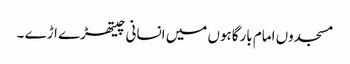
مسجدوں امام بارگاہوں میں انسانی چیتھڑے اڑے ۔